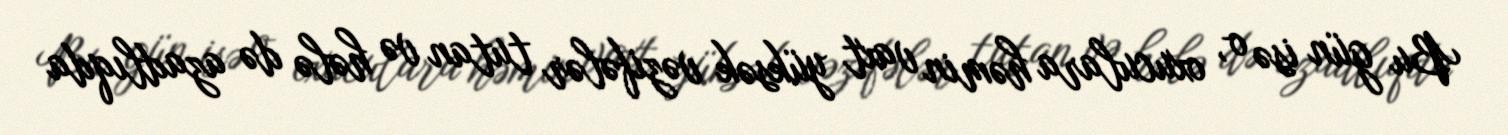
Bu gün isə o, oxuculara həmin vaxt yüksək vəzifələr tutan və hələ də azadlıqda